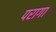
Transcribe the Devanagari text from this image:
परागा